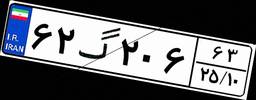
۶۲گ۲۰۶۶۳